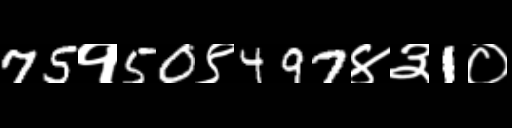
Text: 75१50९497४३1०